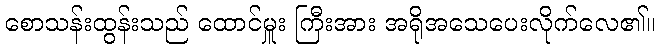
စောသန်းထွန်းသည် ထောင်မှူး ကြီးအား အရိုအသေပေးလိုက်လေ၏။